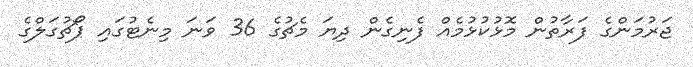
ޖަރުމަންގެ ފަރާތުން މޮޅުކުޅުމެއް ފެނިގެން ދިޔަ މެޗުގެ 36 ވަނަ މިނެޓުގައި ޕޯޗުގަލްގެ